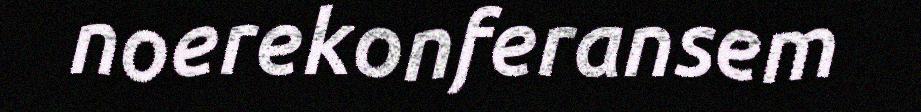
noerekonferansem